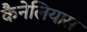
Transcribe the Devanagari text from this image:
कैनेलियास